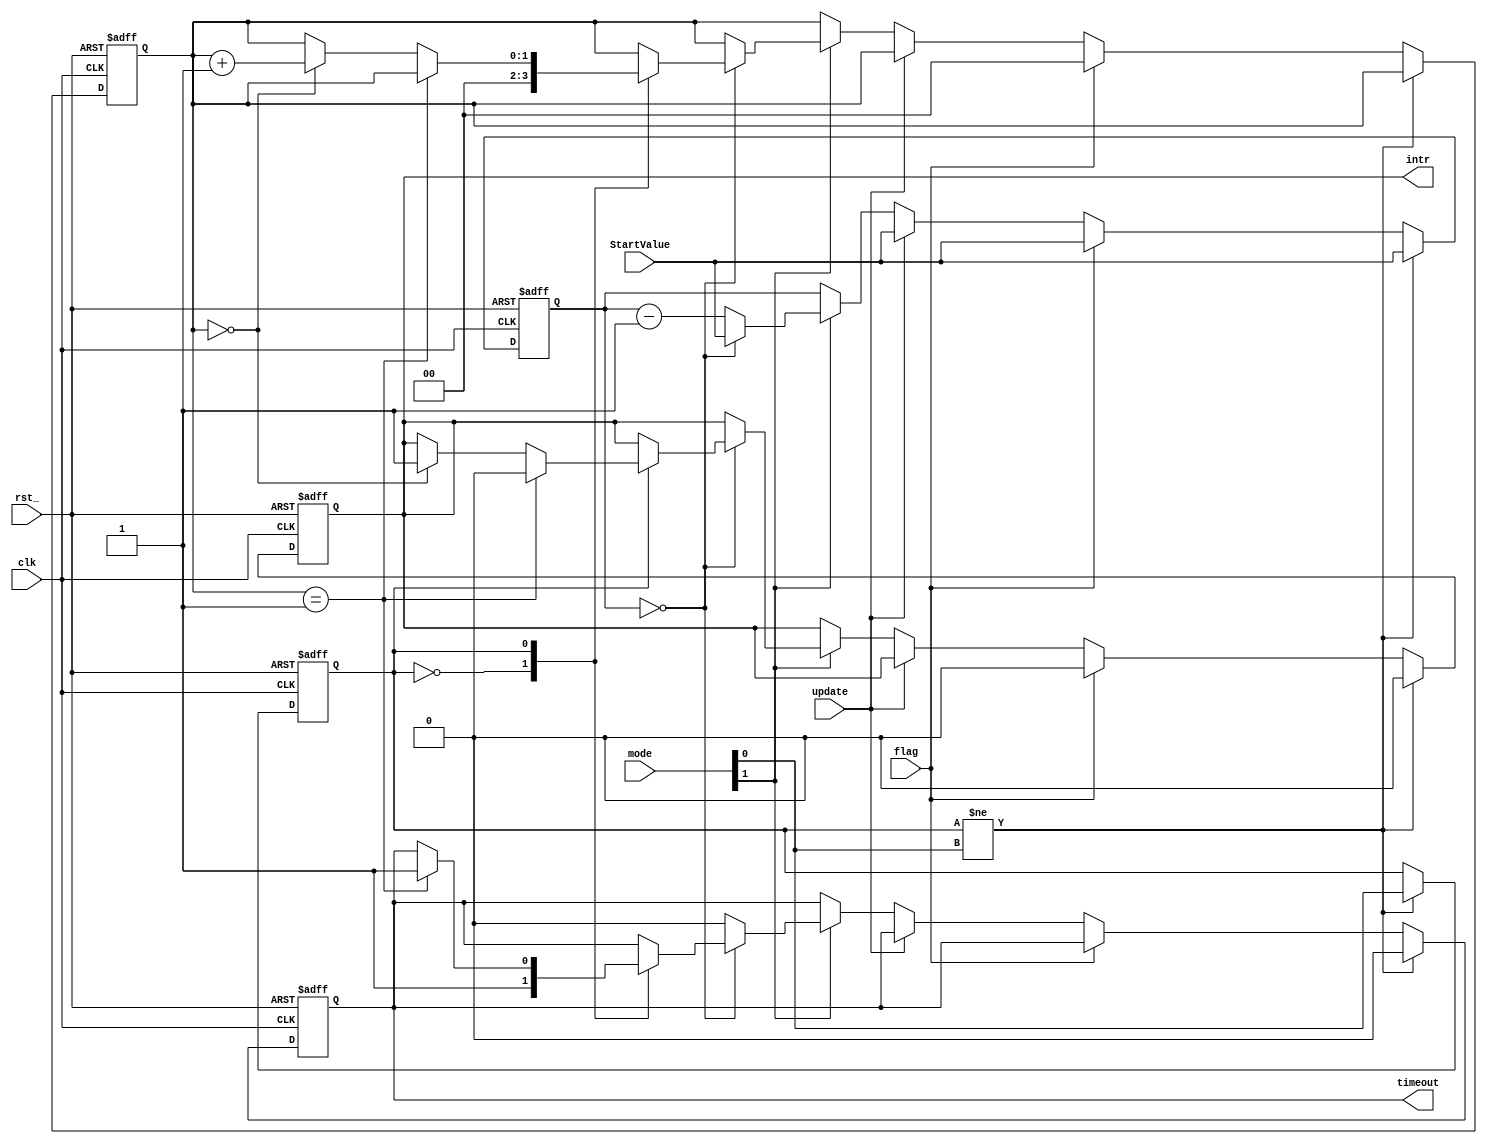
/*
* function  : A counter, 
  * */

 module watchdog(
          input clk,
          input rst_,
          input flag, // 
          input [1:0] mode, //
            //mode[1] 
            //mode[0] 1 
            //          0 
          input update, // 
          input [31:0]  StartValue, // 
          output timeout, //
          output intr  // 
 
 );

wire enabel;
reg timeout_r;
reg intr_r;
reg [31:0]  count;
reg [1:0] count_int; // 
reg modesel;//

assign timeout  = timeout_r;
assign intr      = intr_r;

assign enable = mode[1];
            //1 
            //0 
always@(posedge clk or negedge rst_) begin
  if(rst_ == 1'b0) begin
    timeout_r <=  1'b0;
    intr_r     <=  1'b0;
    count     <=  32'hffffffff;
    count_int <=  2'b0;
    modesel   <=  1'b0;
  end
  else if(modesel != mode[0]) begin 
    modesel <=  mode[0];
    timeout_r <=  1'b0;
    intr_r     <=  1'b0;
    count     <=  StartValue;
  end
  else if(flag == 1'b1) begin // 
    count <=  StartValue;
    count_int <=  2'b0;
    intr_r     <=  1'b0;
  end
  else if(update) begin
    count <=  StartValue;
  end  
  else if(enable==1'b1) begin // 
    if(count  ==  32'b0) begin //0
      count <= StartValue;
      case(modesel)
        1'b0: begin
          timeout_r <=  1'b1;
          count_int <=  2'b0;
        end
        1'b1: begin // 1
          if(count_int  == 1'b1) begin
            timeout_r <=  1'b1;
            intr_r     <=  1'b0;
          end
          else if(count_int == 1'b0) begin
            count_int <= count_int + 1'b1; //
            intr_r     <=  1'b1;
          end
        end
      endcase
    end
    else begin
      count <= count - 1'b1; //WD
      timeout_r <=  1'b0;
    end
  end
  else count <= count; 
end









 endmodule